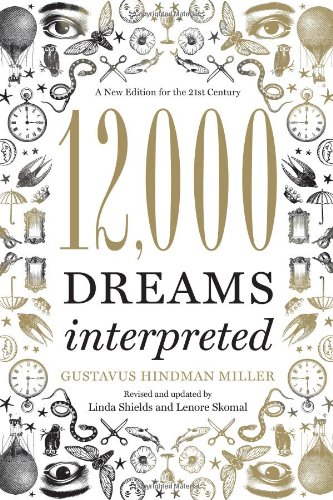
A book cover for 12,000 Dreams Interpreted: A New Edition for the 21st Century; Gustavus Hindman Miller; Self-Help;